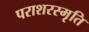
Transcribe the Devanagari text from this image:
पराशरस्मृति